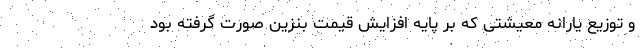
و توزیع یارانه معیشتی که بر پایه افزایش قیمت بنزین صورت گرفته بود